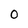
Character: 0